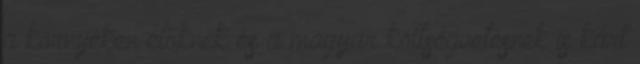
a környéken élőknek és a magyar költségvetésnek is kárt